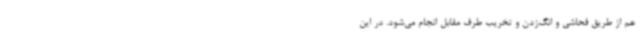
هم از طریق فحاشی و انگ‌زدن و تخریب طرف مقابل انجام می‌شود. در این